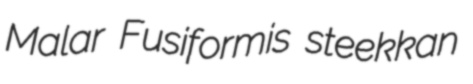
Malar Fusiformis steekkan